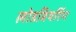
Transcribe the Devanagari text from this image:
लोडबियरिंग